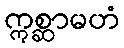
ဣစ္ဆာမဟံ